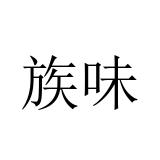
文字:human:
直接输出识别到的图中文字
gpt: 族味